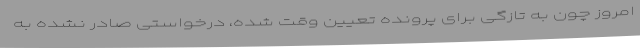
امروز چون به تازگی برای پرونده تعیین وقت شده، درخواستی صادر نشده به